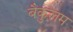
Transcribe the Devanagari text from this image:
बैकुलम